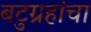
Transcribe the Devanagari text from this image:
बटुग्रहांचा